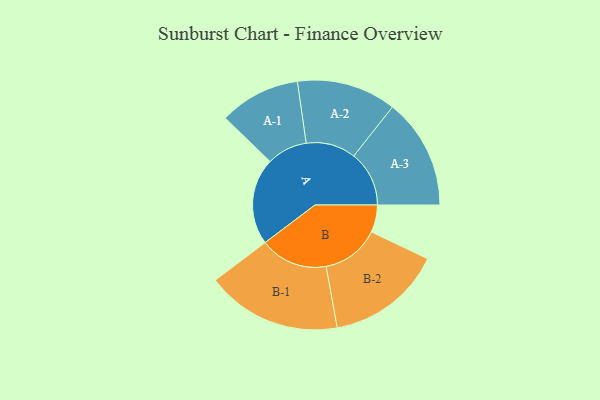
{"axis": {"x": "Segment", "y": "Value"}, "legend": ["", "A", "B"], "data": [{"x": "A", "y": 356, "type": ""}, {"x": "B", "y": 112, "type": ""}, {"x": "A-1", "y": 166, "type": "A"}, {"x": "A-2", "y": 204, "type": "A"}, {"x": "A-3", "y": 227, "type": "A"}, {"x": "B-1", "y": 278, "type": "B"}, {"x": "B-2", "y": 238, "type": "B"}]}